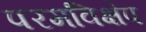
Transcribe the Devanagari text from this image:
परमविक्षेप